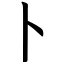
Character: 卜